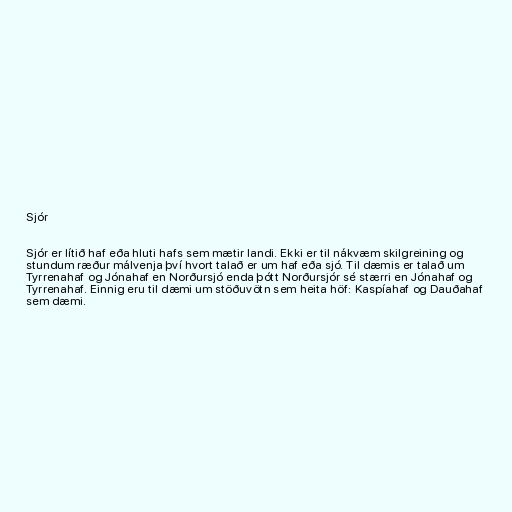
Sjór

Sjór er lítið haf eða hluti hafs sem mætir landi. Ekki er til nákvæm skilgreining og
stundum ræður málvenja því hvort talað er um haf eða sjó. Til dæmis er talað um
Tyrrenahaf og Jónahaf en Norðursjó enda þótt Norðursjór sé stærri en Jónahaf og
Tyrrenahaf. Einnig eru til dæmi um stöðuvötn sem heita höf: Kaspíahaf og Dauðahaf
sem dæmi.